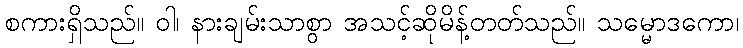
စကားရှိသည်။ ဝါ၊ နားချမ်းသာစွာ အသင့်ဆိုမိန့်တတ်သည်။ သမ္မောဒကော၊